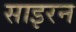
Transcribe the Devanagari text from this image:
साइरन